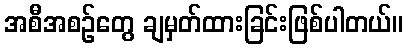
အစီအစဉ်တွေ ချမှတ်ထားခြင်းဖြစ်ပါတယ်။